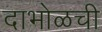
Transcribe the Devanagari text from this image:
दाभोळची